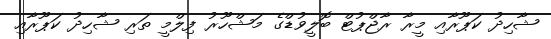
ޝާހިދު ކަޕޫރާއި މީރާ ރާޖްޕުޓް ބޮލީވުޑްގެ މަޝްހޫރު ފިލްމީ ތަރި ޝާހިދު ކަޕޫރާއި